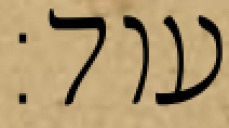
עוד: